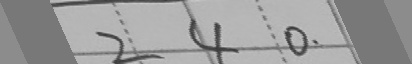
2 4 0 .